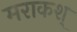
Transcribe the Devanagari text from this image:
मराकश्